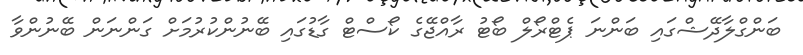
ބަންގްލާދޭޝްގައި ބަންނަ ޕެޓްރޯލް ބޯޓު ރާއްޖޭގެ ކޯސްޓް ގާޑުގައި ބޭނުންކުރުމަށް ގަންނަން ބޭނުންވާ